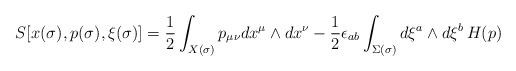
LaTeX: \begin{align*}S[x(\sigma),p(\sigma), \xi(\sigma)]={1\over 2}\int_{X(\sigma)}p_{\mu\nu}dx^\mu\wedge dx^\nu- {1\over 2}\epsilon_{ab}\int_{\Sigma(\sigma)}d\xi^a \wedge d\xi^b\, H(p)\end{align*}